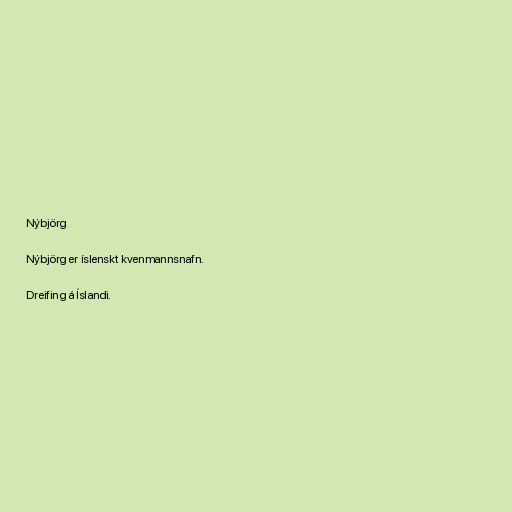
Nýbjörg

Nýbjörg er íslenskt kvenmannsnafn.

Dreifing á Íslandi.